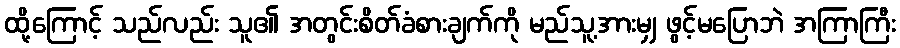
ထို့ကြောင့် သည်လည်း သူ၏ အတွင်းစိတ်ခံစားချက်ကို မည်သူ့အားမျှ ဖွင့်မပြောဘဲ အကြာကြီး